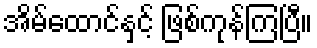
အိမ်ထောင်နှင့် ဖြစ်ကုန်ကြပြီ။